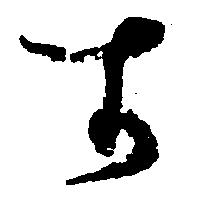
す